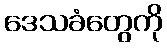
ဒေသခံတွေကို